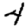
Digit: 4